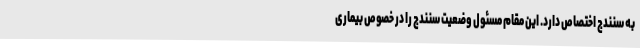
به سنندج اختصاص دارد. این مقام مسئول وضعیت سنندج را در خصوص بیماری